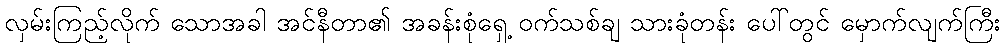
လှမ်းကြည့်လိုက် သောအခါ အင်နီတာ၏ အခန်းစုံရှေ့ ဝက်သစ်ချ သားခုံတန်း ပေါ်တွင် မှောက်လျက်ကြီး